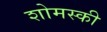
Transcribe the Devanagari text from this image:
शोमस्की